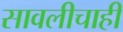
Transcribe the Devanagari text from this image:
सावलीचाही